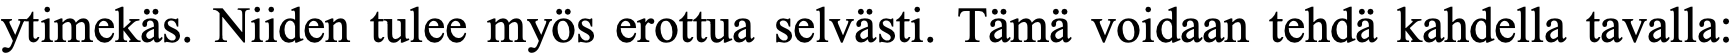
ytimekäs. Niiden tulee myös erottua selvästi. Tämä voidaan tehdä kahdella tavalla: